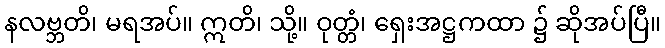
နလဗ္ဘတိ၊ မရအပ်။ ဣတိ၊ သို့။ ဝုတ္တံ၊ ရှေးအဋ္ဌကထာ ၌ ဆိုအပ်ပြီ။